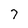
Character: 7